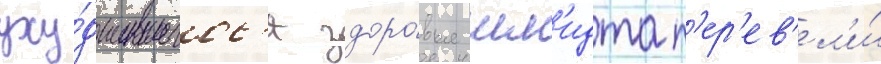
уху́дшившегос'я здоро́вья шм'идта п'ер'ев'ел'и́